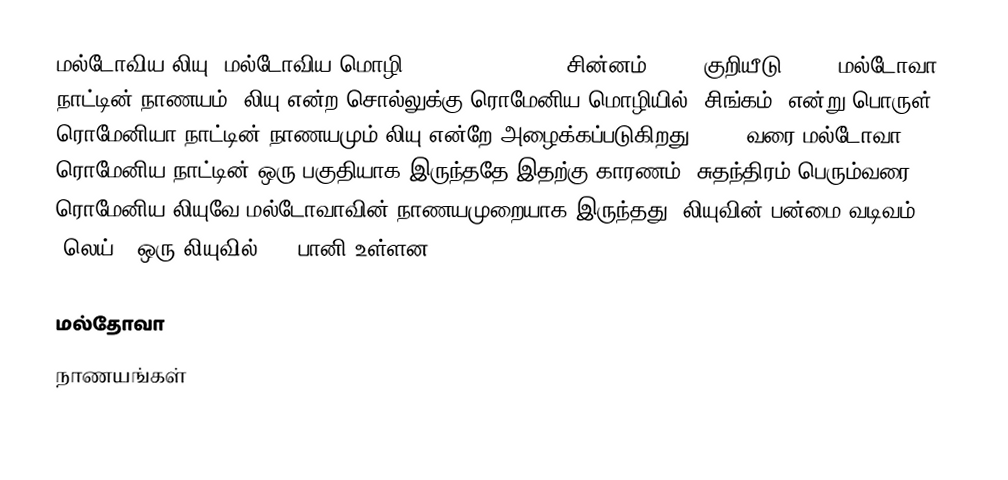
மல்டோவிய லியு (மல்டோவிய மொழி: leu moldovenesc ; சின்னம்: leu; குறியீடு: MDL) மல்டோவா நாட்டின் நாணயம். லியு என்ற சொல்லுக்கு ரொமேனிய மொழியில் “சிங்கம்” என்று பொருள். ரொமேனியா நாட்டின் நாணயமும் லியு என்றே அழைக்கப்படுகிறது. 1993 வரை மல்டோவா ரொமேனிய நாட்டின் ஒரு பகுதியாக இருந்ததே இதற்கு காரணம். சுதந்திரம் பெரும்வரை ரொமேனிய லியுவே மல்டோவாவின் நாணயமுறையாக இருந்தது. லியுவின் பன்மை வடிவம் ”லெய்”. ஒரு லியுவில் 100 பானி உள்ளன.

மல்தோவா
நாணயங்கள்